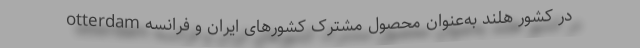
otterdam در کشور هلند به‌عنوان محصول مشترک کشورهای ایران و فرانسه